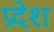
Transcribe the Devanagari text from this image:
प्रदेश्‍ा